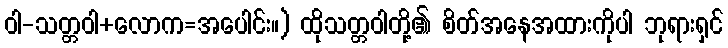
ဝါ-သတ္တဝါ+လောက=အပေါင်း။) ထိုသတ္တဝါတို့၏ စိတ်အနေအထားကိုပါ ဘုရားရှင်